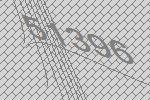
51396